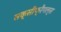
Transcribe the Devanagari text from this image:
सक्सीफ्रैगल्स